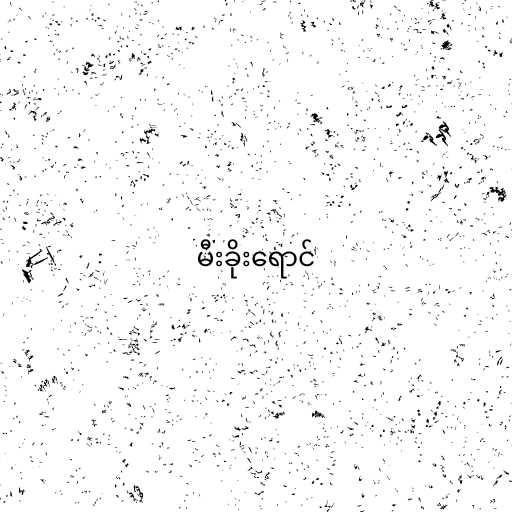
မီးခိုးရောင်